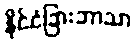
နိုင်ငံခြားဘာသာ